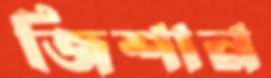
জিশান